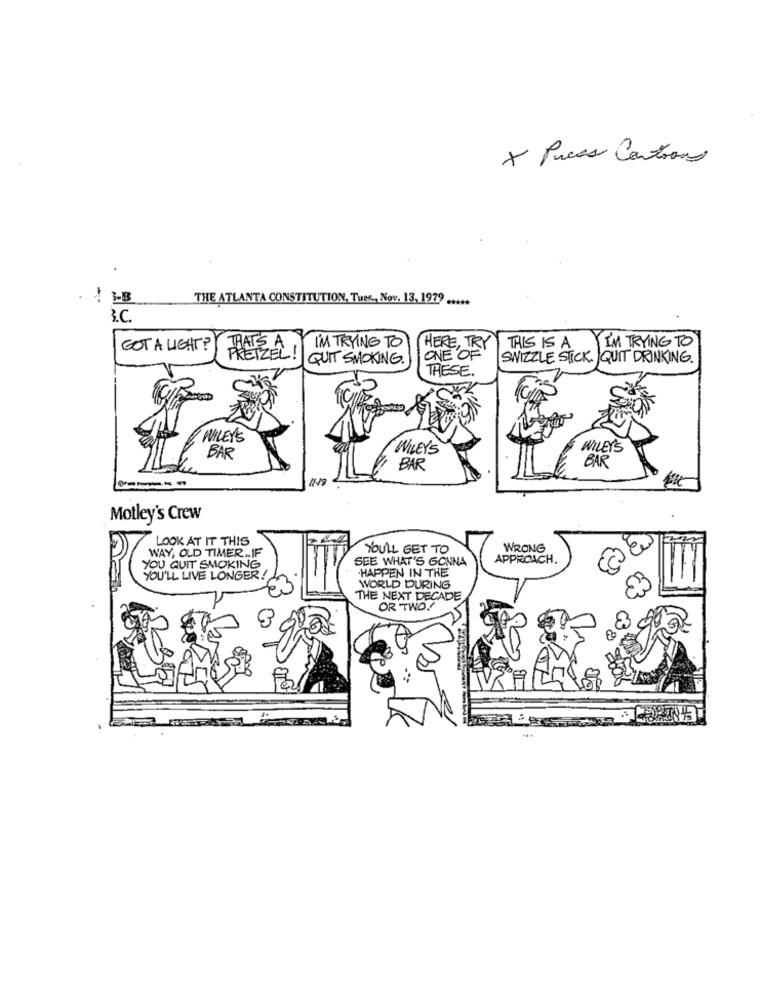
X Puces Contrans
THE ATLANTA CONSTITUTION, Tues ., Nov. 13, 1979 .....
3.C.
GOT A LIGHT ?
THATS A
I'M TRYING TO
HERE, TRY
THIS IS A
I'M TRYING TO
PRETZEL!
QUIT SMOKING.
ONE OF
SWIZZLE STICK QUIT DRINKING.
THESE.
WILEY'S
WILEY'S
WILEY'S
BAR
BAR
BAR
Motley's Crew
LOOK AT IT THIS
WAY, OLD TIMER .. IF
YOU'LL GET TO
WRONG
SEE WHAT'S GONNA
APPROACH.
YOU QUIT SMOKING
.HAPPEN IN THE
YOU'LL LIVE LONGER!
WORLD DURING
THE NEXT DECADE
OR TWO.